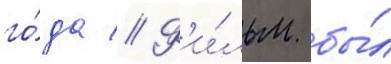
го́да // Ф'и́льм бы́л